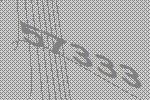
57333